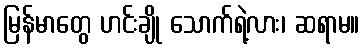
မြန်မာတွေ ဟင်းချို သောက်ရဲ့လား၊ ဆရာမ။